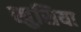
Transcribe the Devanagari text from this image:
खुसिया